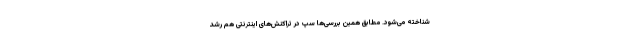
شناخته می‌شود. مطابق همین بررسی‌ها سپ در تراکنش‌های اینترنتی هم رشد